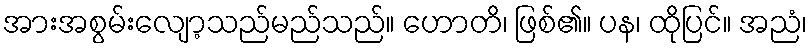
အားအစွမ်းလျော့သည်မည်သည်။ ဟောတိ၊ ဖြစ်၏။ ပန၊ ထိုပြင်။ အညံ၊